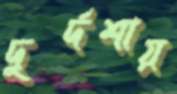
দুর্দশায়